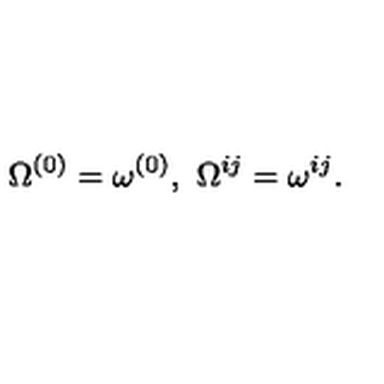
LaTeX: \Omega ^ { ( 0 ) } = \omega ^ { ( 0 ) } , \ \Omega ^ { i j } = \omega ^ { i j } .